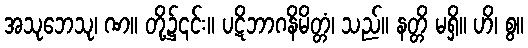
အသုဘေသု၊ ဏ။ တို့၌၎င်း။ ပဋိဘာဂနိမိတ္တံ၊ သည်။ နတ္တိ မရှိ။ ဟိ၊ စွ။